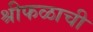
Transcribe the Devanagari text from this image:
श्रीफळाची